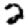
Digit: 2